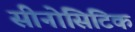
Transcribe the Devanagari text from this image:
सीनोसिटिक